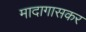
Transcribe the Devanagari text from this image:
मादागासकर